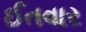
ઈતવાર